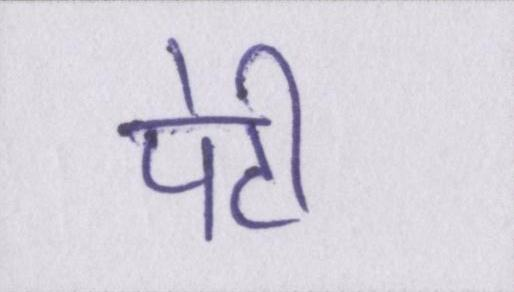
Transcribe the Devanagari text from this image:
पेटी